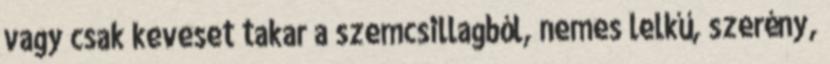
vagy csak keveset takar a szemcsillagból, nemes lelkű, szerény,